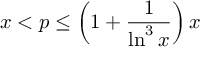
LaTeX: x < p \leq \left( 1 + { \frac { 1 } { \ln ^ { 3 } { x } } } \right) x